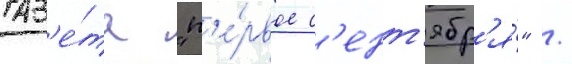
Газ'е́та "п'е́рвое с'ент'ябр'я́" /